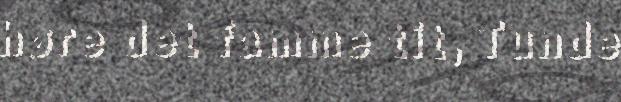
høre det famme tit, Tunde